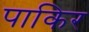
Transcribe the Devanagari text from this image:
पाकिर